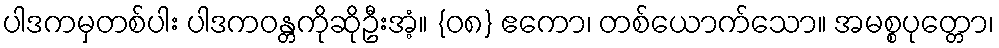
ပါဒကမှတစ်ပါး ပါဒကဝန္တကိုဆိုဦးအံ့။ {၀၈} ဧကော၊ တစ်ယောက်သော။ အမစ္စပုတ္တော၊